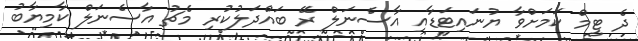
ދެ ޓީމް ކަމަށްވާ ޔުނައިޓަޑާއި އާސެނަލް ރޭ ބައްދަލުކުރި މެޗު އާސެނަލް ކާމިޔާބު